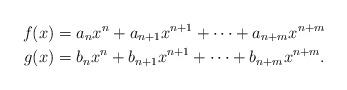
LaTeX: \begin{align*}f(x)&=a_n x^n+a_{n+1} x^{n+1}+\cdots+a_{n+m}x^{n+m}\\g(x)&=b_n x^n+b_{n+1} x^{n+1}+\cdots+b_{n+m} x^{n+m}.\end{align*}